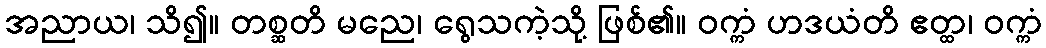
အညာယ၊ သိ၍။ တစ္ဆတိ မညေ၊ ရွေသကဲ့သို့ ဖြစ်၏။ ဝက္ကံ ဟဒယံတိ ဧတ္ထ၊ ဝက္ကံ